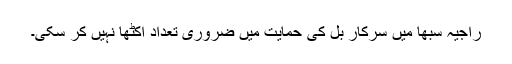
راجیہ سبھا میں سرکار بل کی حمایت میں ضروری تعداد اکٹھا نہیں کر سکی۔